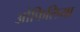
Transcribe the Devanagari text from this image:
ओफिलिया